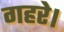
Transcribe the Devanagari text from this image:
गहरे।